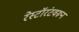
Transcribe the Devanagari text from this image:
रेस्टॉरंटवरून